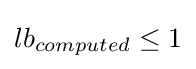
lb_{computed}\leq 1